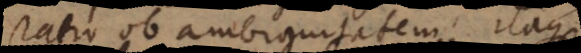
ratio ob ambiguitatem; itaque